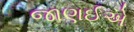
જાણઈએ